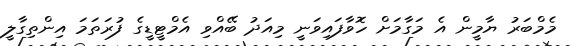
މެމްބަރު ޔާމީން އެ މަގާމަށް ހޮވާފައިވަނީ މިއަދު ބޭއްވި އެމްޓީޑީގެ ފުރަތަމަ އިންތިގާލީ